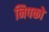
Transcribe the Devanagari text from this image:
निपको